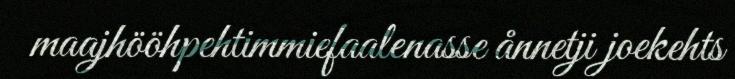
maajhööhpehtimmiefaalenasse ånnetji joekehts